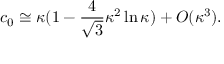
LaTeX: c _ { 0 } \cong \kappa ( 1 - \frac { 4 } { \sqrt { 3 } } \kappa ^ { 2 } \ln \kappa ) + { \cal O } ( \kappa ^ { 3 } ) .